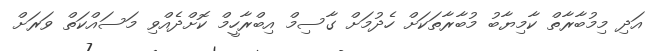
އަދި މިމުބާރާތް ކާމިޔާބު މުބާރާތަކަށް ހެދުމަށް ގާސިމް އިބްރާހީމް ކޮށްދެއްވި މަސައްކަތް ވަރަށް